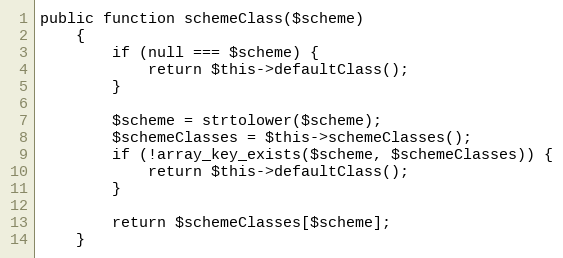
Language: PHP
public function schemeClass($scheme)
    {
        if (null === $scheme) {
            return $this->defaultClass();
        }

        $scheme = strtolower($scheme);
        $schemeClasses = $this->schemeClasses();
        if (!array_key_exists($scheme, $schemeClasses)) {
            return $this->defaultClass();
        }

        return $schemeClasses[$scheme];
    }